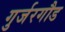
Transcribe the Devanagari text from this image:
गुर्जरगौड